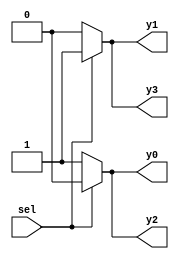
module demultiplexer_1to4(
    input wire sel,
    output reg y0,
    output reg y1,
    output reg y2,
    output reg y3
);

always @(*) begin
    y0 = (sel == 1'b0) ? 1'b1 : 1'b0;
    y1 = (sel == 1'b1) ? 1'b1 : 1'b0;
    y2 = (!sel) ? 1'b1 : 1'b0;
    y3 = (!sel) ? 1'b0 : 1'b1;
end

endmodule